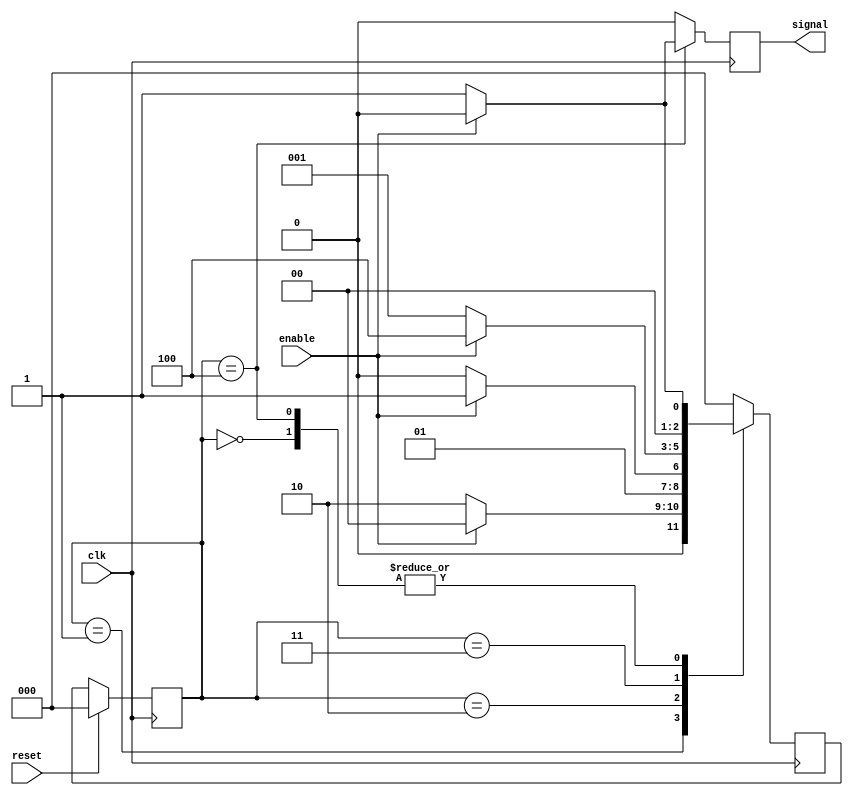
module mealy(clk, signal, enable, reset);

output reg signal;
input clk, enable, reset;

reg [2:0] state, next_state;

always@(posedge clk)
begin
	state = reset ? 3'b000 : next_state;
end

always@(negedge clk)
begin
case(state)
	3'b000: begin
		next_state = enable ? 3'b000 : 3'b001;
		signal = 1'b0;
		end
	3'b001: begin
		next_state = enable ? 3'b000 : 3'b010;
		signal = 1'b0;
		end
	3'b010: begin
		next_state = enable ? 3'b011 : 3'b010;
		signal = 1'b0;
		end
	3'b011: begin
		next_state = enable ? 3'b100 : 3'b001;
		signal = 1'b0;
		end
	3'b100: begin
		next_state = enable ? 3'b000 : 3'b001;
		signal = enable ? 1'b0 : 1'b1;
		end
	default: begin
		next_state = 3'b000;
		signal = 1'b0;
		end
endcase
end
endmodule